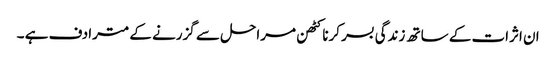
ان اثرات کے ساتھ زندگی بسر کرنا کٹھن مراحل سے گزرنے کے مترادف ہے ۔